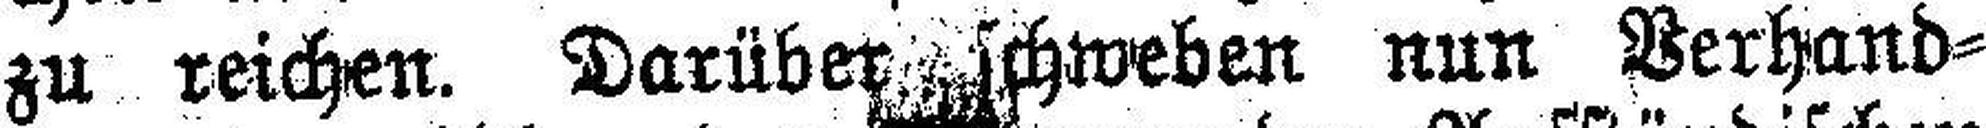
zu reichen. Darüber schweben nun Verhand¬